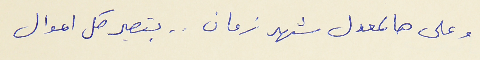
وعلى هالمعدل شهر زمان . . بتصير كل اموال